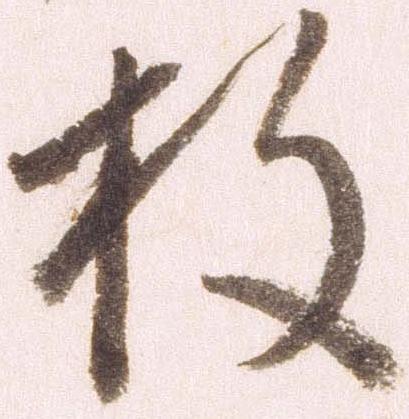
枚